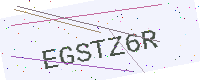
Text: EGSTZ6R